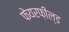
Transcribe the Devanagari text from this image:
फेयरफ़ील्ड